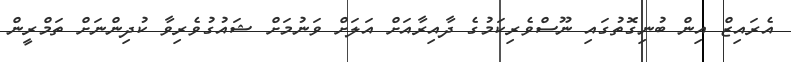
އެރައިޒް އިން ބުނިގޮތުގައި ނޫސްވެރިކަމުގެ ދާއިރާއަށް އަލަށް ވަނުމަށް ޝައުގުވެރިވާ ކުދިންނަށް ތަމްރީން